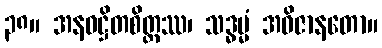
၃၈။ အနဝဋ္ဌိတစိတ္တဿ၊ သဒ္ဓမ္မံ အဝိဇာနတော။